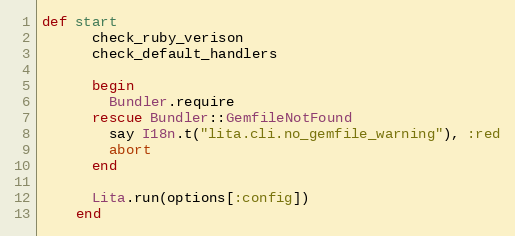
Language: Ruby
def start
      check_ruby_verison
      check_default_handlers

      begin
        Bundler.require
      rescue Bundler::GemfileNotFound
        say I18n.t("lita.cli.no_gemfile_warning"), :red
        abort
      end

      Lita.run(options[:config])
    end